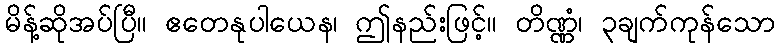
မိန့်ဆိုအပ်ပြီ။ ဧတေနုပါယေန၊ ဤနည်းဖြင့်။ တိဏ္ဏံ၊ ၃ချက်ကုန်သော